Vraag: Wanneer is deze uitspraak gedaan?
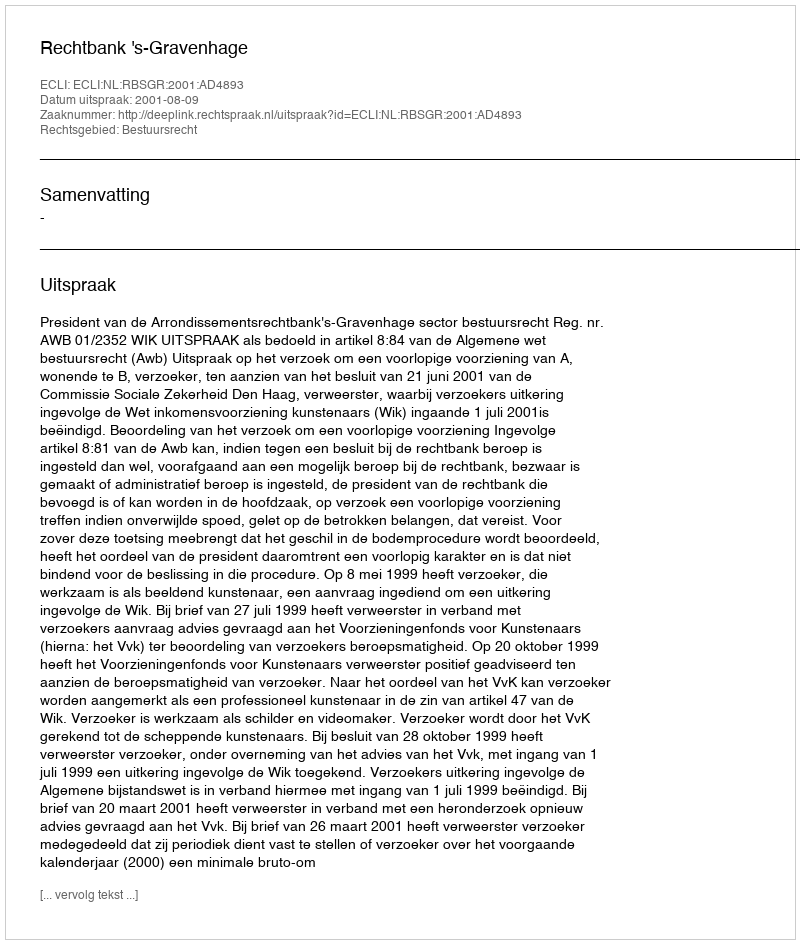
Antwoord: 2001-08-09